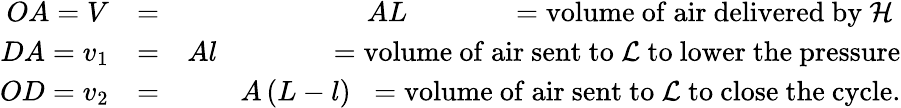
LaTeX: \begin{array}{rlr}{OA=V}&{=}&{AL\mathrm{\phantom{~\left(L-l\right)~}}=\mathrm{volume~of~air~delivered~by~\cal{H}~}}\\ {DA=v_{1}}&{=}&{Al\mathrm{\phantom{~\left(L-l\right)~}}\; =\mathrm{volume~of~air~sent~to~{\cal{L}}~to~lower~the~pressure}}\\ {OD=v_{2}}&{=}&{A\left(L-l\right)\; \; =\mathrm{volume~of~air~sent~to~{\cal{L}}~to~close~the~cycle.}}\end{array}